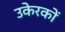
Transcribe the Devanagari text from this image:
उकेरकों